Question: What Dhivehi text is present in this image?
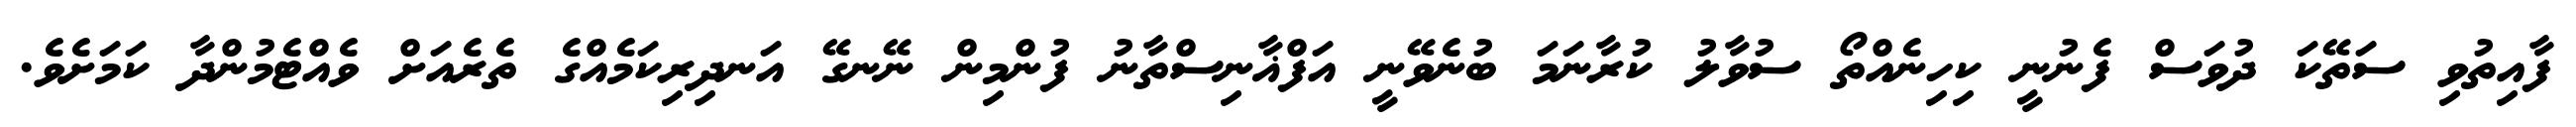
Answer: ފާއިތުވި ސަތޭކަ ދުވަސް ފެނުނީ ކިހިނެއްތޯ ސުވާލު ކުރާނަމަ ބުނެވޭނީ އަފްޣާނިސްތާނު ފުންމިން ނޭނގޭ އަނދިރިކަމެއްގެ ތެރެއަށް ވެއްޓެމުންދާ ކަމަށެވެ.